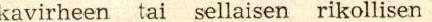
kavirheen tai sellaisen rikollisen